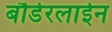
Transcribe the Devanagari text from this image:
बौर्डरलाईन